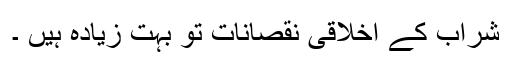
شراب کے اخلاقی نقصانات تو بہت زیادہ ہیں ۔